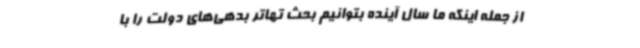
از جمله اینکه ما سال آینده بتوانیم بحث تهاتر بدهی‌های دولت را با